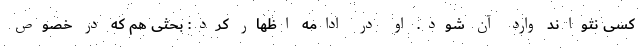
کسی نتواند وارد آن شود. او در ادامه اظهار کرد: بحثی هم که در خصوص